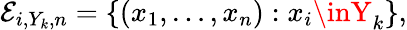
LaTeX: \mathcal{E}_{i,Y_{k},n}=\{ (x_{1},\ldots,x_{n}):x_{i}\inY_{k}\} ,